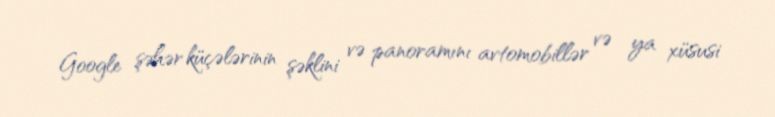
Google şəhər küçələrinin şəklini və panoramını avtomobillər və ya xüsusi